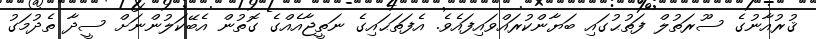
ޤުރުއާނުގެ ސޫރަތުލް ފަތުޙުގައި ބަޔާންކުރައްވައިފައެވެ. އެފަތަޙައިގެ ނަތީޖާއެއްގެ ގޮތުން އެބޭކަލުންނަށް ސީދާ ތެދުމަގު